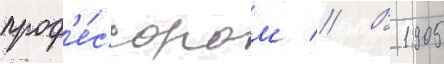
проф'е́ссором // В 1905